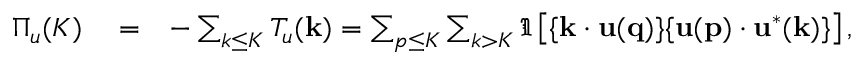
\begin{array} { r l r } { \Pi _ { u } ( K ) } & { { } = } & { - \sum _ { k \le K } T _ { u } ( { \bf k } ) = \sum _ { p \le K } \sum _ { k > K } \Im \left[ { \bf \{ k \cdot u ( q ) \} \{ u ( p ) \cdot u ^ { * } ( k ) \} } \right] , } \end{array}